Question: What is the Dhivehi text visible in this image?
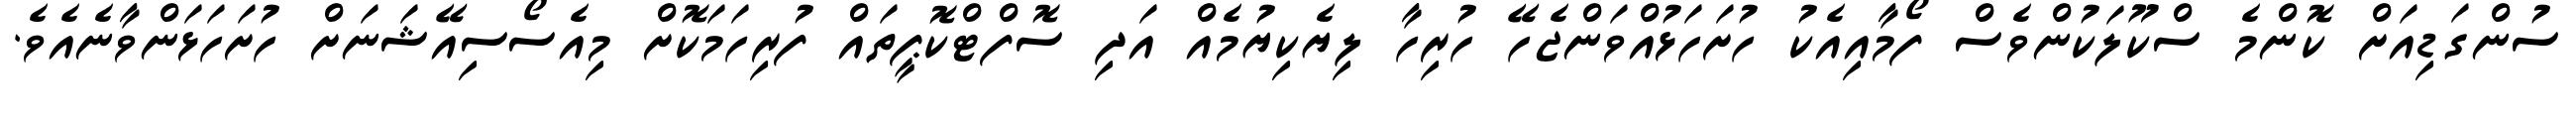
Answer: ސުންގަޑިއަށް ކޮންމެ ސްކޫލަކުންވެސް ފޯމާއިއެކު ހުށަހަޅުއްވަންޖެހޭ ހުރިހާ ލިޔެކިޔުމެއް އަދި ސޮފްޓްކޮޕީތައް ފުރިހަމަކޮށް މިއެސޯސިއޭޝަނަށް ހުށަހަޅަންވާނެއެވެ.